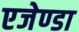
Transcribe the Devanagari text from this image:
एजेण्‍डा